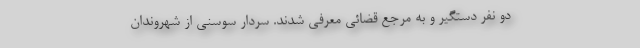
دو نفر دستگیر و به مرجع قضائی معرفی شدند. سردار سوسنی از شهروندان